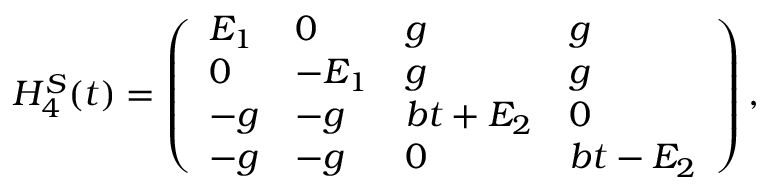
H _ { 4 } ^ { S } ( t ) = \left( \begin{array} { l l l l } { E _ { 1 } } & { 0 } & { g } & { g } \\ { 0 } & { - E _ { 1 } } & { g } & { g } \\ { - g } & { - g } & { b t + E _ { 2 } } & { 0 } \\ { - g } & { - g } & { 0 } & { b t - E _ { 2 } } \end{array} \right) ,